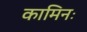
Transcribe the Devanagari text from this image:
कामिनः